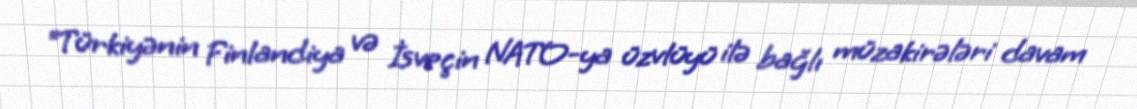
“Türkiyənin Finlandiya və İsveçin NATO-ya üzvlüyü ilə bağlı müzakirələri davam